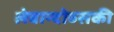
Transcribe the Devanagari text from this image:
लेवान्दोव्सकी